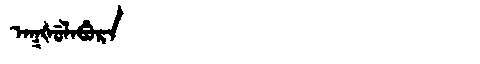
Manchu: ᠠᡴᡧᡠᠯᠠᠪᡠᡵᠠ
Romanization: AKŠULABURA